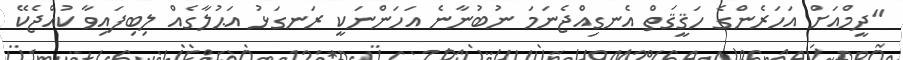
"ދީމްއަށް އަހަރެންގެ ހަޤީޤަތް އެނގިއްޖެނަމަ ނުބުނާނެ އަހަންނަކީ ރަނގަޅު އަޙުލާގެއް ލިބިފައިވާ ކުއްޖެކޭ